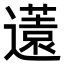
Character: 𨘏